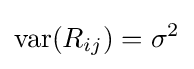
\operatorname {var} (R_{ij})=\sigma ^{2}